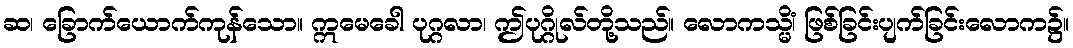
ဆ၊ ခြောက်ယောက်ကုန်သော။ ဣမေခေါ ပုဂ္ဂလာ၊ ဤပုဂ္ဂိုလ်တို့သည်။ လောကသ္မိံ၊ ဖြစ်ခြင်းပျက်ခြင်းလောက၌။